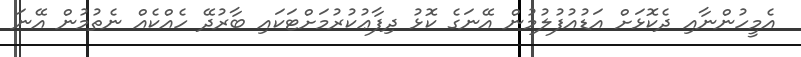
އެމީހުންނާއި ދެކޮޅަށް އަޑުއުފުލުމުން އޭނަގެ ކޮޅު ދިފާޢުކުރުމަށްޓަކައި ބާރުދޭ ހެއްކެއް ނެތުމުން އޭނަ